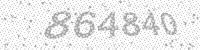
Solution: 864840